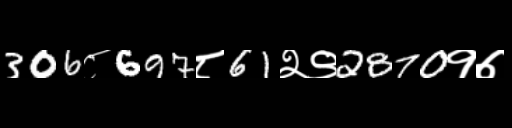
Text: 306८697८61२९2870१७